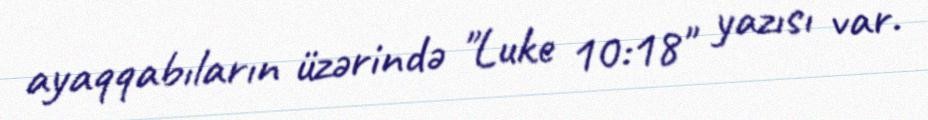
ayaqqabıların üzərində "Luke 10:18" yazısı var.